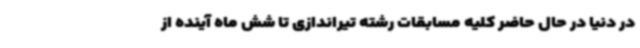
در دنیا در حال حاضر کلیه مسابقات رشته تیراندازی تا شش ماه آینده از